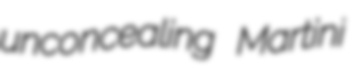
unconcealing Martini